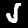
Digit: 5